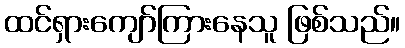
ထင်ရှားကျော်ကြားနေသူ ဖြစ်သည်။